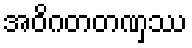
အဝိဂတတဏှဿ